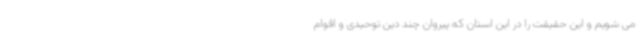
می شویم و این حقیقت را در این استان که پیروان چند دین توحیدی و اقوام